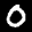
Label: 0